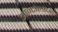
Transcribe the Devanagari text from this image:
आन्टोलॉजी